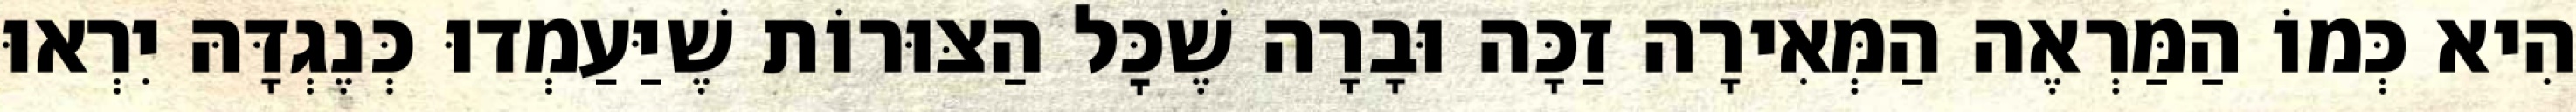
הִיא כְּמוֹ הַמַּרְאֶה הַמְּאִירָה זַכָּה וּבָרָה שֶׁכׇּל הַצּוּרוֹת שֶׁיַּעַמְדוּ כְּנֶגְדָּהּ יִרְאוּ